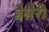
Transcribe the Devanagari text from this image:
डेसैरी